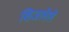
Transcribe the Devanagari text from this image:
शिजलेले